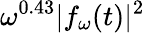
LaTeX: \omega^{0.43}|f_{\omega}(t)|^{2}